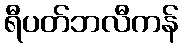
ရီပတ်ဘလီကန်